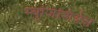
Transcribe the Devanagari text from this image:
म्युजिशियंस